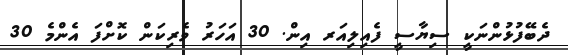
ދެބޭފުޅުންނަކީ ސިޔާސީ ފެއިލިއަރ އިން. 30 އަހަރު ވެރިކަން ކޮށްފަ އެންމެ 30